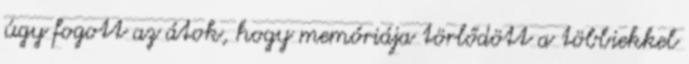
úgy fogott az átok, hogy memóriája törlődött a többiekkel